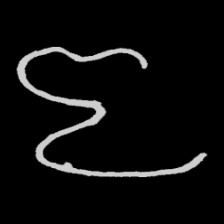
Pyu character \u2014 Myanmar letter: ဇ (romanized: ja)